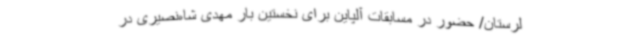
لرستان/ حضور در مسابقات آلپاین برای نخستین بار مهدی شاه‌نصیری در